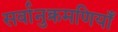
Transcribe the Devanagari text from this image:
सर्वानुक्रमणियाँ